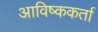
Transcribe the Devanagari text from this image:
आविष्ककर्ता